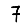
Digit: 7